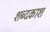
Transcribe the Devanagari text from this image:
शब्दकाश